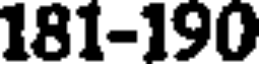
181-190